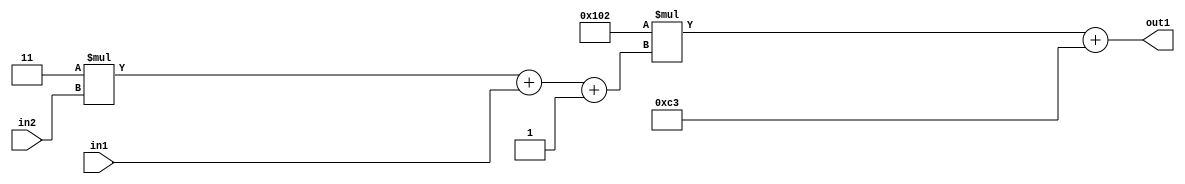
`timescale 1ps / 1ps
/*****************************************************************************
    Verilog RTL Description
    
    
    Created by: Stratus DpOpt 2019.1.01 
*******************************************************************************/

module DC_Filter_Add2i195Mul2i258Add3i1u1Mul2i3u2_4 (
	in2,
	in1,
	out1
	); /* architecture "behavioural" */ 
input [1:0] in2;
input  in1;
output [11:0] out1;
wire [11:0] asc001;
wire [3:0] asc002;

wire [3:0] asc002_tmp_0;
wire [3:0] asc002_tmp_1;
assign asc002_tmp_1 = 
	+(4'B0011 * in2);
assign asc002_tmp_0 = asc002_tmp_1
	+(in1);
assign asc002 = asc002_tmp_0
	+(4'B0001);

wire [11:0] asc001_tmp_2;
assign asc001_tmp_2 = 
	+(12'B000100000010 * asc002);
assign asc001 = asc001_tmp_2
	+(12'B000011000011);

assign out1 = asc001;
endmodule

/* CADENCE  vrTxTg0= : u9/ySgnWtBlWxVPRXgAZ4Og= ** DO NOT EDIT THIS LINE ******/